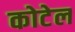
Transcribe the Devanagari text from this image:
कोटेल